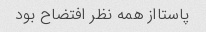
پاستااز همه نظر افتضاح بود